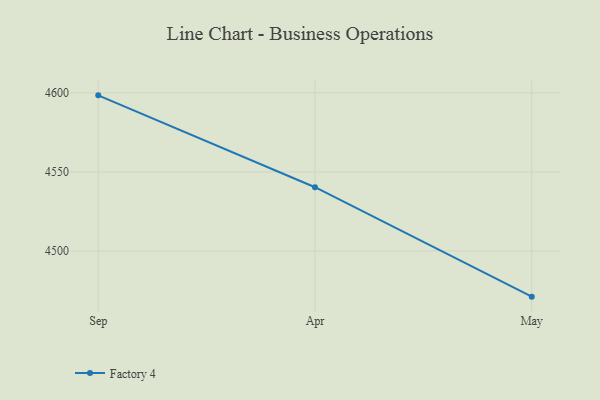
{"axis": {"x": "Month", "y": "Active Users"}, "legend": ["Factory 4"], "data": [{"x": "Sep", "y": 4598.4, "type": "Factory 4"}, {"x": "Apr", "y": 4540.3, "type": "Factory 4"}, {"x": "May", "y": 4471.1, "type": "Factory 4"}]}